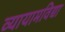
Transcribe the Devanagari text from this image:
व्यायामविद्या